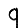
Digit: 9